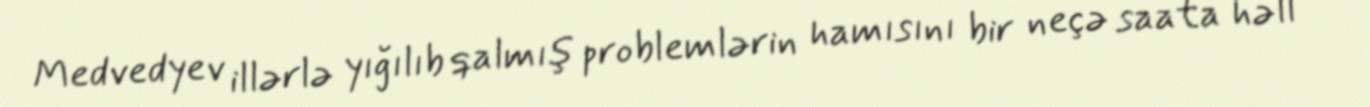
Medvedyev illərlə yığılıb qalmış problemlərin hamısını bir neçə saata həll